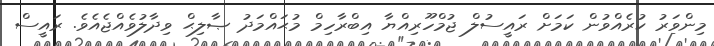
މިންވަރު ކުރެއްވުން ކަމަށް ރައީސުލް ޖުމްހޫރިއްޔާ އިބްރާހިމް މުޙައްމަދު ޞާލިޙް ވިދާލުވެއްޖެއެވެ. ރައީސް